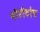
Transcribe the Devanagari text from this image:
चीरीटोप